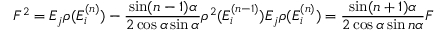
F ^ { 2 } = E _ { j } \rho ( E _ { i } ^ { ( n ) } ) - \frac { \sin ( n - 1 ) \alpha } { 2 \cos \alpha \sin \alpha } \rho ^ { 2 } ( E _ { i } ^ { ( n - 1 ) } ) E _ { j } \rho ( E _ { i } ^ { ( n ) } ) = \frac { \sin ( n + 1 ) \alpha } { 2 \cos \alpha \sin n \alpha } F